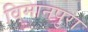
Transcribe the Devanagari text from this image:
विमानपुरा